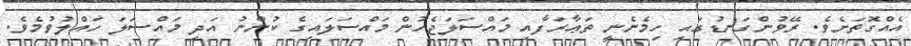
އެއްގޮތަށެވެ. ރޭވުންގަނޑުގައި ހިމެނެނީ ތަޢާރަފާއި މައްސަލަޖެހުން މައްސަލައިގެ ކުންނު އަދި މައްސަލަ ހައްލުވުމެވެ.